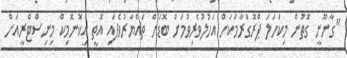
"ގާނޫނީ ގޮތުން މިކަހަލަ ޕްރޮގްރާމަކަށް އަހުލުވެރިވުމަށް ބޮޑަށް ތައްޔާރުވެފައި އޮތީ އިކޮނޮމިކް މިނިސްޓްރީއަށް